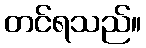
တင်ရသည်။